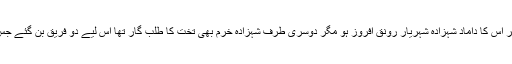
نور جہاں چاہتی تھی کہ تخت دہلی پر اس کا داماد شہزادہ شہریار رونق افروز ہو مگر دوسری طرف شہزادہ خرم بھی تخت کا طلب گار تھا اس لیے دو فریق بن گئے جس سے مغل امرا میں پھوٹ پڑ گئی ۔